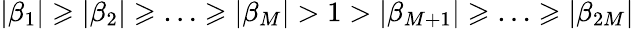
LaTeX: |\beta_{1}|\geqslant|\beta_{2}|\geqslant\ldots\geqslant|\beta_{M}|>1>|\beta_{M+1}|\geqslant\ldots\geqslant|\beta_{2M}|